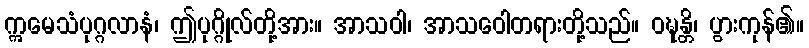
ဣမေသံပုဂ္ဂလာနံ၊ ဤပုဂ္ဂိုလ်တို့အား။ အာသဝါ၊ အာသဝေါတရားတို့သည်။ ဝဍ္ဎန္တိ၊ ပွားကုန်၏။